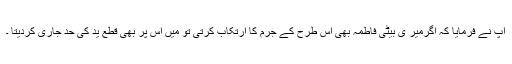
آپ نے فرمایا کہ اگرمیر ی بیٹی فاطمہ ؓبھی اس طرح کے جرم کا ارتکاب کرتی تو میں اس پر بھی قطع ید کی حد جاری کردیتا ۔